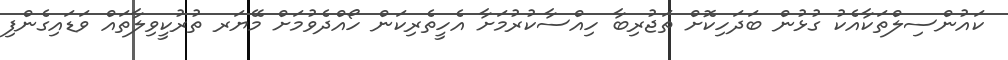
ކައުންސިލްތަކާއެކު ގުޅުން ބަދަހިކޮށް ތަޖުރިބާ ހިއްސާކުރުމަށާ އެހީތެރިކަން ހޯއްދެވުމަށް މޭޔަރ ތުރުކީވިލާތައް ވަޑައިގެންފި